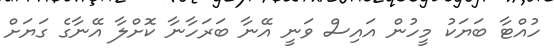
ހުއްޓާ ބަޔަކު މީހުން އައިސް ވަނީ އޭނާ ބަރަހާނާ ކޮށްލާ އޭނާގެ ގަޔަށް